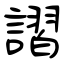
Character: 謵